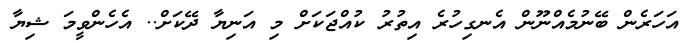
އަހަރެން ބޭނުމެއްނޫން އެނގިހުރެ އިތުރު ކުއްޖަކަށް މި އަނިޔާ ދޭކަށް.. އެހެންވީމަ ޝިޔާ